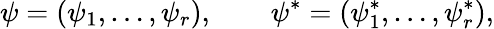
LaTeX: \psi=(\psi_{1},\ldots,\psi_{r}),\qquad\psi^{*}=(\psi_{1}^{*},\ldots,\psi_{r}^{*}),